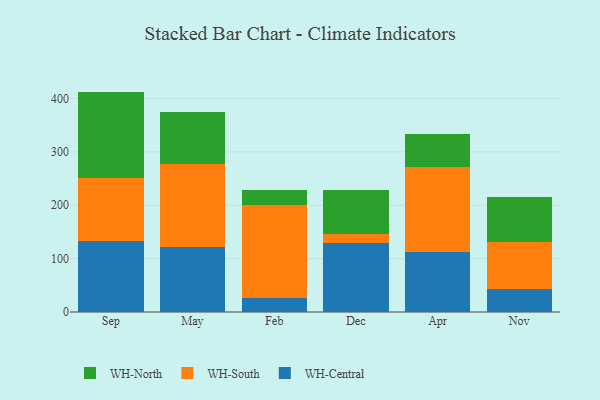
{"axis": {"x": "Month", "y": "Demand Index"}, "legend": ["WH-Central", "WH-North", "WH-South"], "data": [{"x": "Sep", "y": 133.3, "type": "WH-Central"}, {"x": "Sep", "y": 117.4, "type": "WH-South"}, {"x": "Sep", "y": 162.3, "type": "WH-North"}, {"x": "May", "y": 120.9, "type": "WH-Central"}, {"x": "May", "y": 156.2, "type": "WH-South"}, {"x": "May", "y": 98.5, "type": "WH-North"}, {"x": "Feb", "y": 25.6, "type": "WH-Central"}, {"x": "Feb", "y": 174.0, "type": "WH-South"}, {"x": "Feb", "y": 29.7, "type": "WH-North"}, {"x": "Dec", "y": 129.3, "type": "WH-Central"}, {"x": "Dec", "y": 17.6, "type": "WH-South"}, {"x": "Dec", "y": 82.4, "type": "WH-North"}, {"x": "Apr", "y": 112.2, "type": "WH-Central"}, {"x": "Apr", "y": 158.9, "type": "WH-South"}, {"x": "Apr", "y": 63.2, "type": "WH-North"}, {"x": "Nov", "y": 43.4, "type": "WH-Central"}, {"x": "Nov", "y": 87.8, "type": "WH-South"}, {"x": "Nov", "y": 83.4, "type": "WH-North"}]}